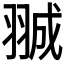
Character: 𮊽